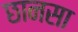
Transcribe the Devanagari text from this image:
छानसा